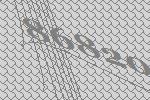
86820